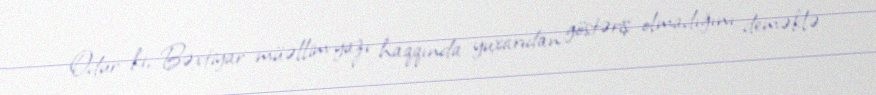
Odur ki, Bəxtiyar müəllim yazı haqqında yuxarıdan göstəriş olmadığını deməklə